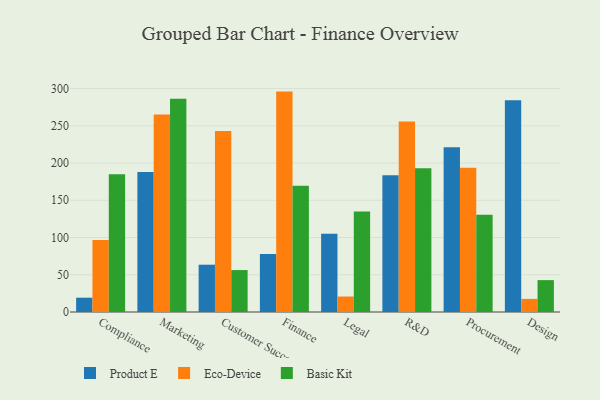
{"axis": {"x": "Department", "y": "Demand Index"}, "legend": ["Basic Kit", "Eco-Device", "Product E"], "data": [{"x": "Compliance", "y": 19.2, "type": "Product E"}, {"x": "Compliance", "y": 96.8, "type": "Eco-Device"}, {"x": "Compliance", "y": 185.1, "type": "Basic Kit"}, {"x": "Marketing", "y": 188.1, "type": "Product E"}, {"x": "Marketing", "y": 265.2, "type": "Eco-Device"}, {"x": "Marketing", "y": 286.2, "type": "Basic Kit"}, {"x": "Customer Success", "y": 63.5, "type": "Product E"}, {"x": "Customer Success", "y": 243.1, "type": "Eco-Device"}, {"x": "Customer Success", "y": 56.3, "type": "Basic Kit"}, {"x": "Finance", "y": 77.8, "type": "Product E"}, {"x": "Finance", "y": 295.9, "type": "Eco-Device"}, {"x": "Finance", "y": 169.6, "type": "Basic Kit"}, {"x": "Legal", "y": 105.1, "type": "Product E"}, {"x": "Legal", "y": 20.8, "type": "Eco-Device"}, {"x": "Legal", "y": 134.8, "type": "Basic Kit"}, {"x": "R&D", "y": 183.5, "type": "Product E"}, {"x": "R&D", "y": 255.6, "type": "Eco-Device"}, {"x": "R&D", "y": 193.0, "type": "Basic Kit"}, {"x": "Procurement", "y": 221.1, "type": "Product E"}, {"x": "Procurement", "y": 193.7, "type": "Eco-Device"}, {"x": "Procurement", "y": 130.6, "type": "Basic Kit"}, {"x": "Design", "y": 284.4, "type": "Product E"}, {"x": "Design", "y": 17.6, "type": "Eco-Device"}, {"x": "Design", "y": 42.8, "type": "Basic Kit"}]}